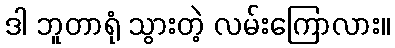
ဒါ ဘူတာရုံ သွားတဲ့ လမ်းကြောလား။